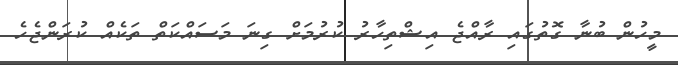
މީހުން ބުނާ ގޮތުގައި ރާއްޖެ އިޝްތިހާރު ކުރުމަށް ގިނަ މަސައްކަތް ތަކެއް ކުރަންޖެހެ